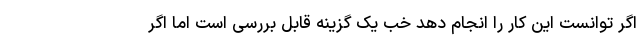
اگر توانست این کار را انجام دهد خب یک گزینه قابل بررسی است اما اگر